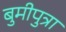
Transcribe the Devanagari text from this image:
बुमीपुत्रा